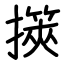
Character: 擌